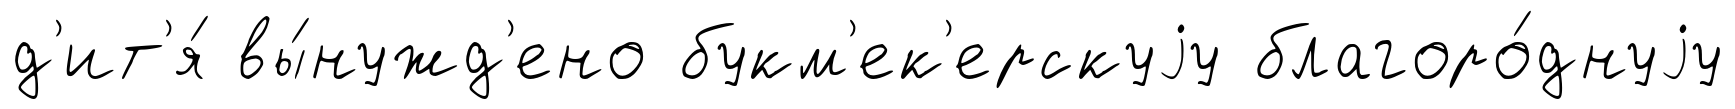
д'ит'я́ вы́нужд'ено букм'ек'ерскуjу благоро́днуjу